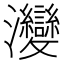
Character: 𤅶